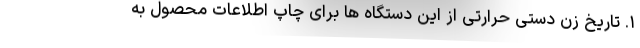
۱. تاریخ زن دستی حرارتی از این دستگاه ها برای چاپ اطلاعات محصول به